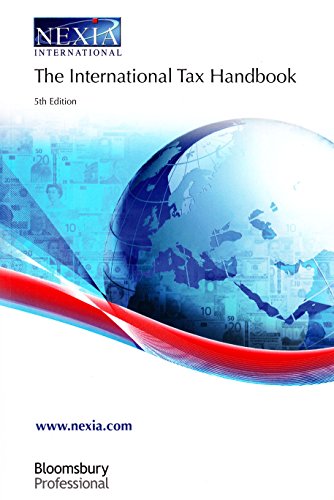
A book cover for The International Tax Handbook: 5th Edition; Nexia International; Law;